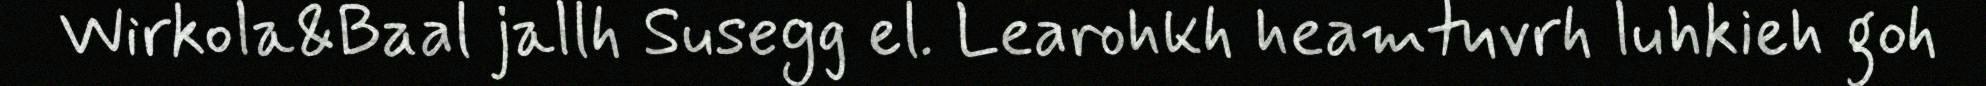
Wirkola&Baal jallh Susegg el. Learohkh heamtuvrh luhkieh goh